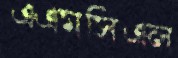
এএমসিএল